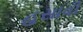
હસાવી